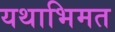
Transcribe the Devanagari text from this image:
यथाभिमत